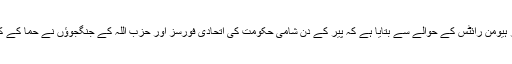
خبر رساں ادارے روئٹرز نے سیریئن آبزرویٹری فار ہیومن رائٹس کے حوالے سے بتایا ہے کہ پیر کے دن شامی حکومت کی اتحادی فورسز اور حزب اللہ کے جنگجوؤں نے حما کے کفر نبودہ نامی علاقے میں کامیاب پیش قدمی کی ہے۔